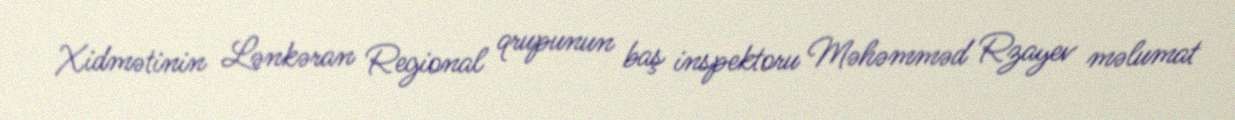
Xidmətinin Lənkəran Regional qrupunun baş inspektoru Məhəmməd Rzayev məlumat